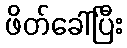
ဖိတ်ခေါ်ပြီး